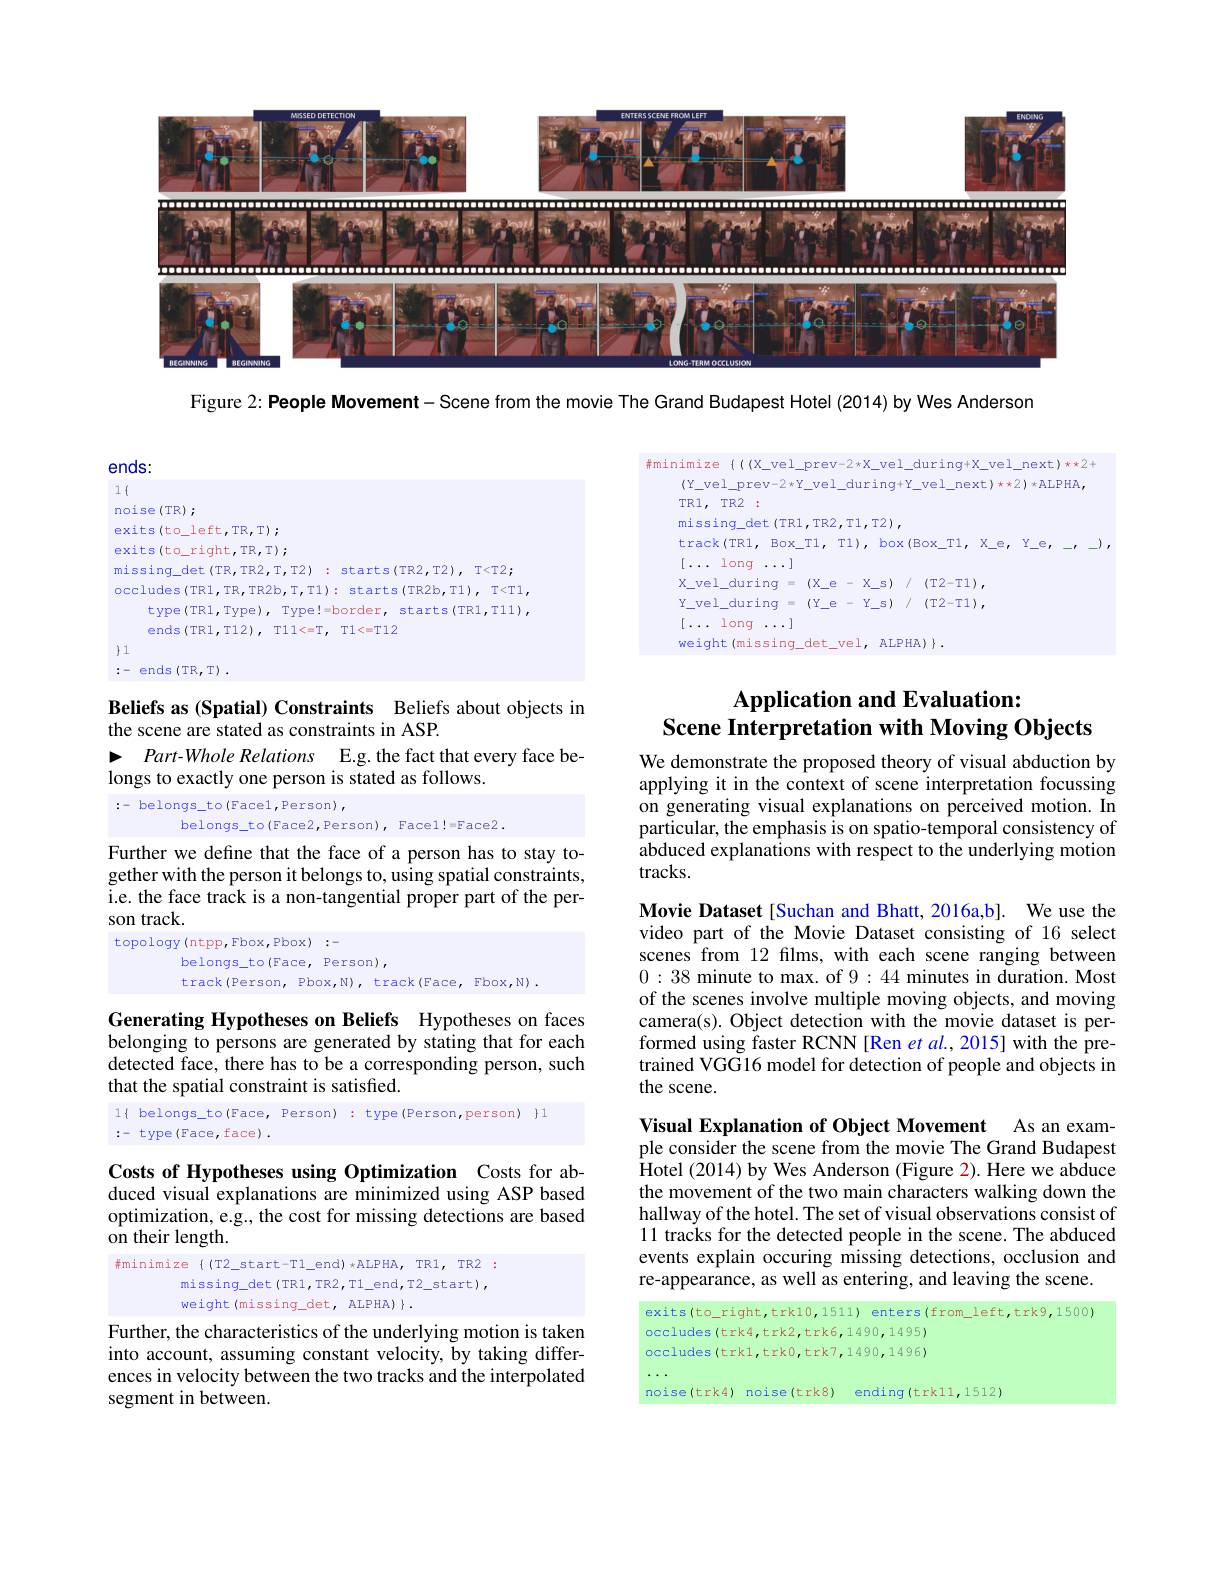
<FigureHere>

Figure 2: People Movement- Scene from the movie The Grand Budapest Hotel (2014) by Wes Anderson

ends:

<FigureHere>

$1\{$
noise(TR) ;
exits(to\_left,TR,T); exits(to\_right,TR,T); missing\_det(TR,TR2,T,T2) : starts(TR2,T2), T<T2; occludes(TR1,TR,TR2b,T,T1): starts(TR2b,T1), T<T1,
type(TR1,Type), Type!=border, starts(TR1,T11),
ends(TR1,T12), T11<=T, T1<=T12
$\}1$

:- ends(TR,T).

# Application and Evaluation: Scene Interpretation with Moving Objects

Beliefs as (Spatial) Constraints Beliefs about objects in
the scene are stated as constraints in ASP.
Part-Whole Relations E.g. the fact that every face be-
### $P$
longs to exactly one person is stated as follows.

:- belongs\_to(Face1,Person),
belongs\_to(Face2,Person), Face1!=Face2.

We demonstrate the proposed theory of visual abduction by applying it in the context of scene interpretation focussing on generating visual explanations on perceived motion. In particular, the emphasis is on spatio-temporal consistency of $\hat{\text{abduced explanations with respect to the underlying motion}}$ tracks.

Further we define that the face of a person has to stay together with the person it belongs to, using spatial constraints, i.e. the face track is a non-tangential proper part of the person track.
topology(ntpp, Fbox, Pbox) :-
belongs\_to(Face, Person),
track(Person, Pbox,N), track(Face, Fbox,N) .

Movie Dataset[Suchan and Bhatt, 2016a,b]. We use the video part of the Movie Dataset consisting of 16 select scenes from 12 films, with each scene ranging between 0:38 minute to max. of 9:44 minutes in duration. Most of the scenes involve multiple moving objects, and moving camera(s). Object detection with the movie dataset is performed using faster RCNN [Ren $etal.,2015]$ with the pretrained VGG16 model for detection of people and objects in the scene.

Generating Hypotheses on Beliefs Hypotheses on faces belonging to persons are generated by stating that for each detected face, there has to be a corresponding person, such that the spatial constraint is satisfied.

1{ belongs\_to(Face, Person) : type(Person,person) }1
:- type(Face,face).

Costs of Hypotheses using Optimization Costs for abduced visual explanations are minimized using ASP based optimization, e.g., the cost for missing detections are based $\hat{\text{on their length}}.$

Visual Explanation of Object Movement As an example consider the scene from the movie The Grand Budapest Hotel ( 2014) by Wes Anderson ( Figure 2) . Here we abduce the movement of the two main characters walking down the hallway of the hotel. The set of visual observations consist of 11 tracks for the detected people in the scene. The abduced events explain occuring missing detections, occlusion and re-appearance, as well as entering, and leaving the scene.

$minimize{( T2\_ start- T1\_ end) }*$ALPHA, TR1, TR2:
missing\_det(TR1,TR2,T1_end,T2_start),
weight (missing\_det, ALPHA) $\}.$

<FigureHere>

Further, the characteristics of the underlying motion is taken into account, assuming constant velocity, by taking differences in velocity between the two tracks and the interpolated segment in between.